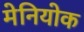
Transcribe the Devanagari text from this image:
मेनियोक